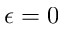
\epsilon = 0